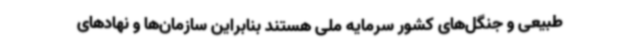
طبیعی و جنگل‌های کشور سرمایه ملی هستند بنابراین سازمان‌ها و نهادهای